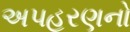
અપહરણનો